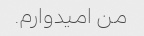
من امیدوارم.